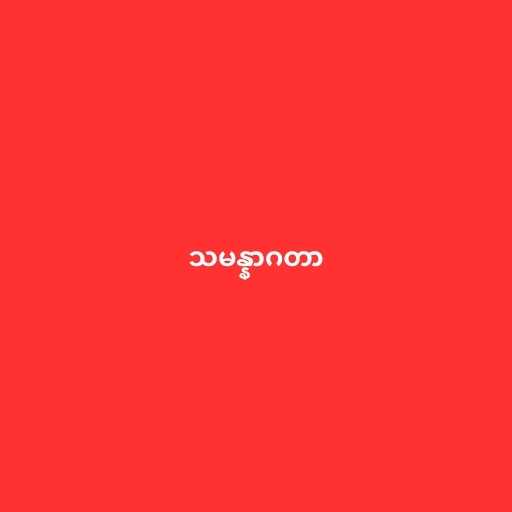
သမန္နာဂတာ